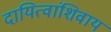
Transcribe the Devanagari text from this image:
दायित्वांशिवाय